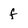
Character: f